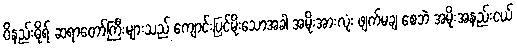
ဝိနည်းဓိုရ် ဆရာတော်ကြီးများသည် ကျောင်းပြင်မိုးသောအခါ အမိုးအားလုံး ဖျက်မချ စေဘဲ အမိုးအနည်းငယ်